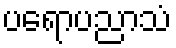
ပရောပညာသံ